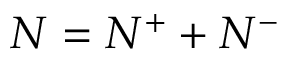
N = N ^ { + } + N ^ { - }